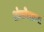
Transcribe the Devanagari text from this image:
अंकोलाचा